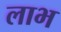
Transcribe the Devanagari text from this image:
लाभ